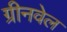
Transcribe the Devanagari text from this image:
ग्रीनवेल